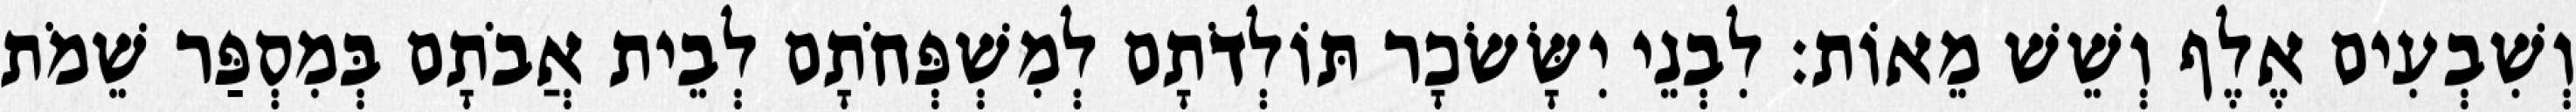
וְשִׁבְעִים אֶלֶף וְשֵׁשׁ מֵאוֹת׃ לִבְנֵי יִשָּׂשׂכָר תּוֹלְדֹתָם לְמִשְׁפְּחֹתָם לְבֵית אֲבֹתָם בְּמִסְפַּר שֵׁמֹת